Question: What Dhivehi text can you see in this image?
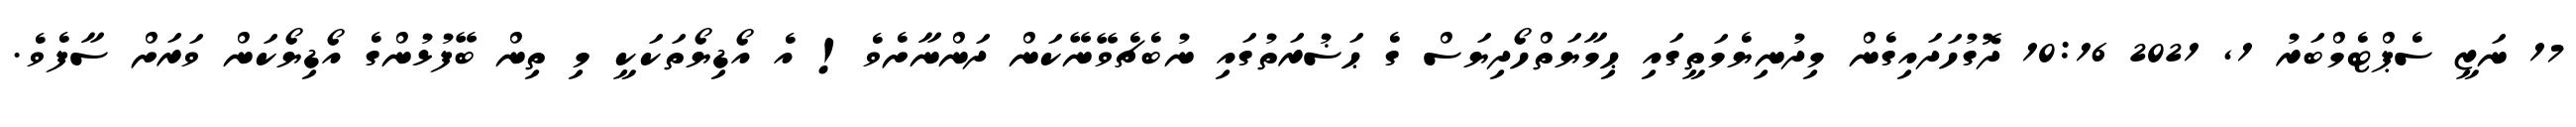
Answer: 17 ނަޒީ ސެޕްޓެމްބަރު 1, 2021 10:16 ދޮގުހަދައިގެން މިދުނިޔެމަތީގައި ޙިމާޔަތްހޯދިޔަސް ގެ ޙަޟުރަތުގައި ނުބެޗެވޭނޭކަން ދަންނާށެވެ! އެ އޯޑިޔޯތަކަކީ މި ތިން ބޭފުޅުންގެ އޯޑިޔޯކަން ވަރަށް ސާފެވެ.